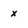
Character: x